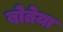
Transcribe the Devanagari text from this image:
बोतेया